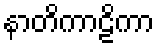
နာတိကာဠိကာ